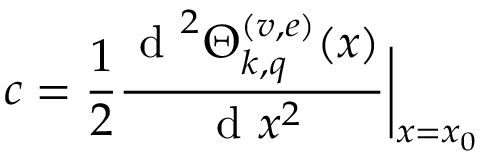
c = \frac { 1 } { 2 } \frac { \mathrm { ~ d ~ } ^ { 2 } \Theta _ { k , q } ^ { ( v , e ) } ( x ) } { \mathrm { ~ d ~ } x ^ { 2 } } \bigg | _ { x = x _ { 0 } }